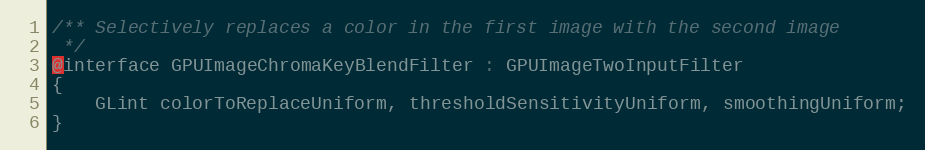
Language: C
/** Selectively replaces a color in the first image with the second image
 */
@interface GPUImageChromaKeyBlendFilter : GPUImageTwoInputFilter
{
    GLint colorToReplaceUniform, thresholdSensitivityUniform, smoothingUniform;
}